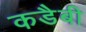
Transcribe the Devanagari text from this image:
कडैबी